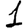
Digit: 1